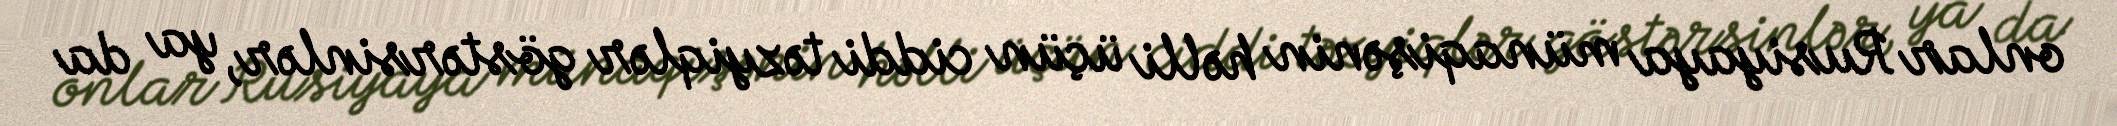
onlar Rusiyaya münaqişənin həlli üçün ciddi təzyiqlər göstərsinlər, ya da